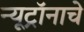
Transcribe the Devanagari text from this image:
न्यूट्रॉनाचे